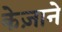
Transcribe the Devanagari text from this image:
केज़ाने